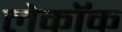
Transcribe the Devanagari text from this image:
लेकॉक